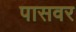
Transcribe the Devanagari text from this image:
पासवर